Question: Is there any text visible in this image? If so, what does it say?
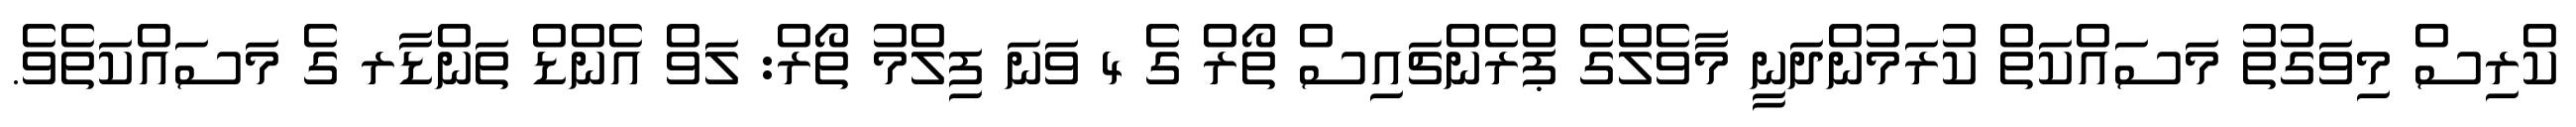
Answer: ކްރިސް މިވަގުތު މަސައްކަތް ކުރަމުންދަނީ މާވެލްގެ ޕްރެންޗައިސް ތޯރް ގެ 4 ވަނަ ފިލްމު ތޯރް: ލަވް އެންޑް ތަންޑާރ ގެ މަސައްކަތެވެ.